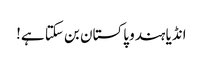
انڈیا ہندو پاکستان بن سکتا ہے!